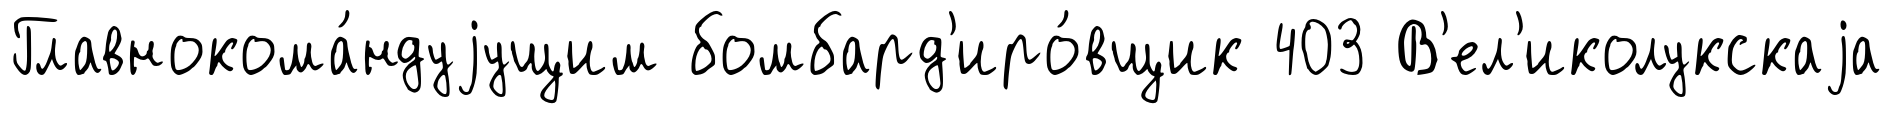
Главнокома́ндуjущим бомбард'иро́вщик 403 В'ел'иколукскаjа